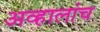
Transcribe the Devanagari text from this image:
अव्हालांच